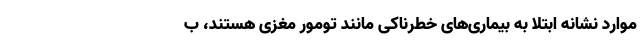
موارد نشانه ابتلا به بیماری‌های خطرناکی مانند تومور مغزی هستند، ب